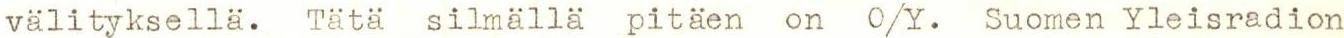
välityksellä. Tätä silmällä pitäen on O/Y. Suomen Yleisradion